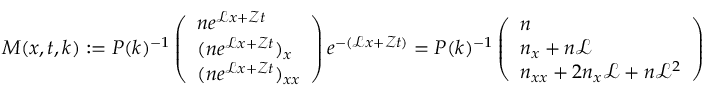
\begin{array} { r } { M ( x , t , k ) : = P ( k ) ^ { - 1 } \left( \begin{array} { l } { n e ^ { \mathcal { L } x + \mathcal { Z } t } } \\ { ( n e ^ { \mathcal { L } x + \mathcal { Z } t } ) _ { x } } \\ { ( n e ^ { \mathcal { L } x + \mathcal { Z } t } ) _ { x x } } \end{array} \right) e ^ { - ( \mathcal { L } x + \mathcal { Z } t ) } = P ( k ) ^ { - 1 } \left( \begin{array} { l } { n } \\ { n _ { x } + n \mathcal { L } } \\ { n _ { x x } + 2 n _ { x } \mathcal { L } + n \mathcal { L } ^ { 2 } } \end{array} \right) } \end{array}